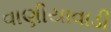
વાણીયાવાડી